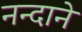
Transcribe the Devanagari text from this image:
नन्दाने